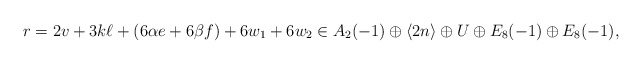
\begin{align*}r = 2v + 3k\ell + (6\alpha e + 6 \beta f) + 6w_1 + 6w_2 \in A_2(-1) \oplus \langle 2n \rangle \oplus U \oplus E_8(-1) \oplus E_8(-1),\end{align*}